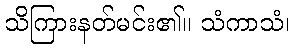
သိကြားနတ်မင်း၏။ သံကာသံ၊